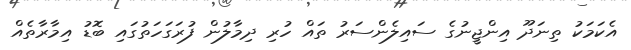
އެކަމަކު ތިނަދޫ އިންޖީނުގެ ސައިލެންސަރު ތައް ހުރި ދިމާލުން ފުރަގަހަތުގައި ބޮޑު އިމާރާތެއް